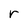
Character: r